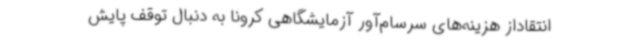
انتقاداز هزینه‌های سرسام‌آور آزمایشگاهی کرونا به دنبال توقف پایش